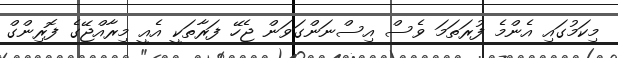
މިކަމުގައި އެންމެ ފުރަތަމަ ވެސް އިސްނަންގަވަން ޖެހޭ ފަރާތަކީ އެއީ މިރާއްޖޭގެ ފޮރިންގް